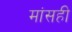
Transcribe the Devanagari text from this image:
मांसही